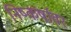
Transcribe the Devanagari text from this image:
निष्कर्षावर